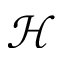
\mathcal { H }